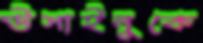
উসাইনুকে